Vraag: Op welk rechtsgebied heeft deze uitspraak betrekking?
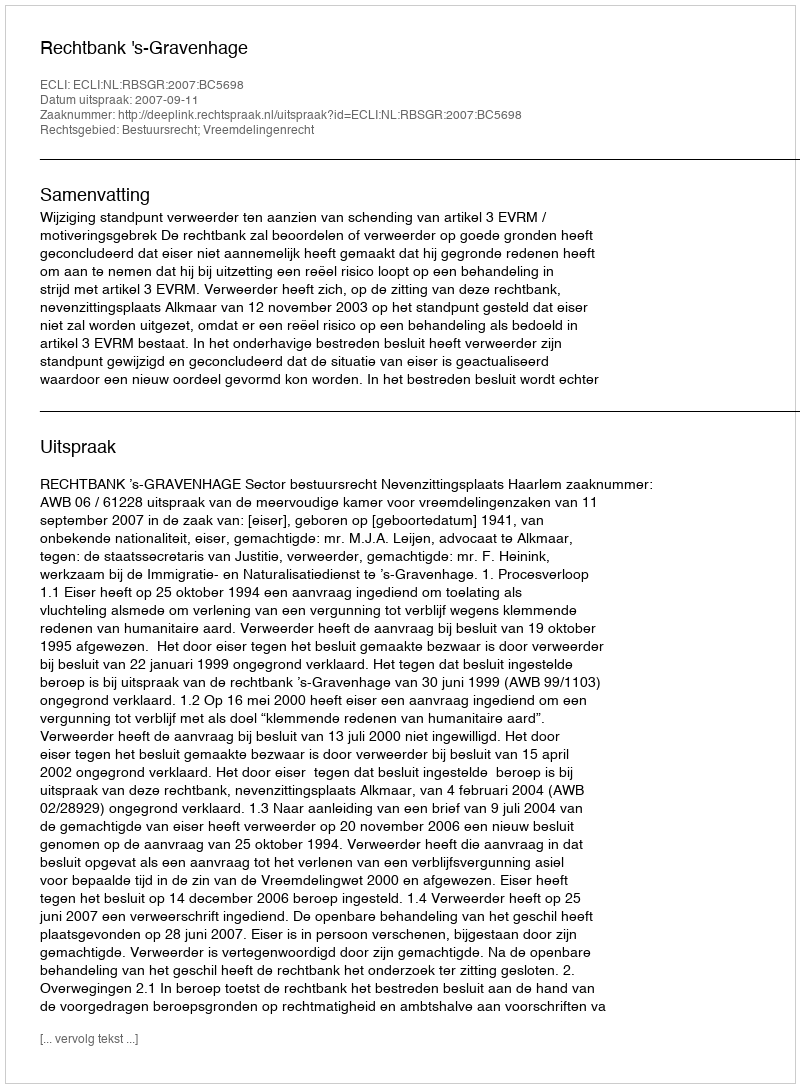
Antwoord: Bestuursrecht; Vreemdelingenrecht